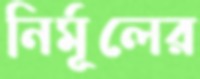
নির্মূলের